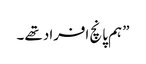
” ہم پانچ افراد تھے ۔